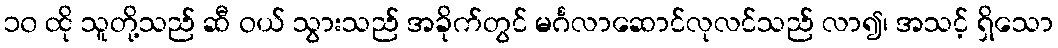
၁၀ ထို သူတို့သည် ဆီ ဝယ် သွားသည် အခိုက်တွင် မင်္ဂလာဆောင်လုလင်သည် လာ၍၊ အသင့် ရှိသော